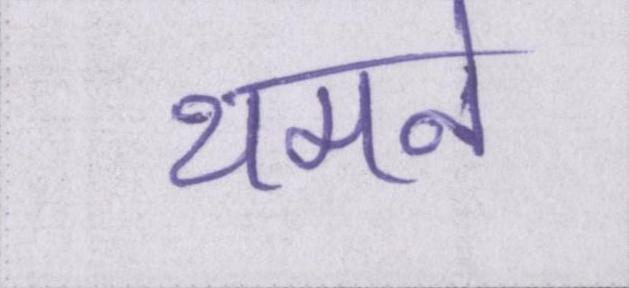
थमने